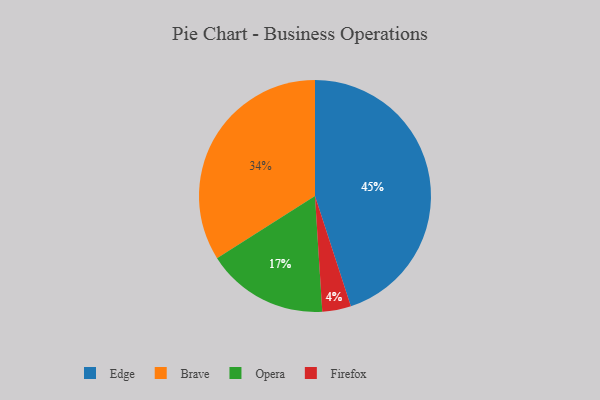
{"axis": {"x": "Category", "y": "Percentage"}, "legend": ["Brave", "Edge", "Firefox", "Opera"], "data": [{"x": "Opera", "y": 17, "type": "Opera"}, {"x": "Firefox", "y": 4, "type": "Firefox"}, {"x": "Edge", "y": 45, "type": "Edge"}, {"x": "Brave", "y": 34, "type": "Brave"}]}